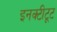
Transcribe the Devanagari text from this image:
इनक्टीटूट